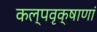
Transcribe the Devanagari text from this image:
कल्पवृक्षाणां